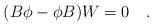
LaTeX: \begin{align*}(B\phi-\phi B)W=0\ \ \ .\end{align*}